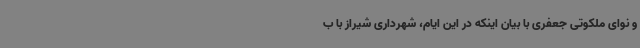
و نوای ملکوتی جعفری با بیان اینکه در این ایام، شهرداری شیراز با ب